system: You are a helpful assistant.
user:
Analyze the provided spectrum to determine if it is a **White Dwarf (WD)**.

A White Dwarf spectrum is defined by its **extreme purity** (due to gravitational settling) and/or **extreme pressure broadening** (due to high surface gravity). You must check for one of the following mutually exclusive signatures:

- **Key Visual Indicators (Check for ONE of these types):**

    - **1. DA-Type Signature (Most Common):**
        - **(Primary Feature):** Extreme pressure broadening (Stark broadening) of the **Hydrogen (H) Balmer lines**.
        - **(Key Lines):** $H\beta$ (approx. $4861$ Å) and $H\gamma$ (approx. $4340$ Å). $H\alpha$ (approx. $6563$ Å) will also be present if the wavelength range covers it.
        - **(Line Profile):** This is the **defining feature**. The lines are **NOT** sharp. They appear as massive, **extremely broad and deep "troughs" or "dips"** in the spectrum, often hundreds of Ångströms wide. The continuum will appear to "scoop" down at these wavelengths.
        - **(Distinction):** Normal A-type or B-type stars have *narrow* and *sharp* Hydrogen lines. A DA White Dwarf's lines are unmistakably "smeared" or "blurry" from pressure.

    - **2. DB-Type Signature:**
        - **(Primary Feature):** Broad absorption lines from **Neutral Helium (He I)**. The spectrum must lack any visible Hydrogen lines.
        - **(Key Lines):** Look for broad absorption near $4471$ Å, $4921$ Å, and $5876$ Å.
        - **(Line Profile):** These lines are also significantly pressure-broadened, appearing much wider than they would in a normal B-type main-sequence star.

    - **3. DC-Type Signature:**
        - **(Primary Feature):** A **featureless continuous spectrum**.
        - **(Line Profile):** The spectrum is a smooth curve with **no significant absorption or emission lines**.
        - **(Key Confirmation):** The continuum is almost always **blue or white**, indicating a hot object. This signature implies the atmosphere is so pure (or so cool) that no spectral lines are visible in the optical range. Its WD identity is confirmed by its extremely low intrinsic brightness (high absolute magnitude).

    - **4. DZ-Type Signature (Metal-Polluted):**
        - **(Primary Feature):** **Isolated, narrow metal absorption lines** on an otherwise featureless (DC-like) continuum.
        - **(Key Lines):** The **Calcium (Ca II) H & K doublet** (approx. **$3934$ Å** and **$3968$ Å**) is the most common and defining feature.
        - **(Line Profile):** These lines are "out of place." They are *not* part of a "forest" of thousands of lines. This signature is evidence of recent *accretion* (pollution) from rocky debris.
        - **(Distinction):** Normal G/K/M stars have a *dense forest* of thousands of metal lines. A DZ has a *clean* continuum with *only a few* strong metal lines.

    - **5. DQ-Type Signature (Carbon-Polluted):**
        - **(Primary Feature):** Absorption bands from **Carbon (C₂ "Swan Bands" or atomic C I)**.
        - **(Key Lines - C₂):** Look for bandheads with a "saw-tooth" shape near $5635$ Å, **$5165$ Å** (strongest), and $4737$ Å.
        - **(Key Confirmation):** The underlying **continuum must be blue or white** (hot).
        - **(Distinction):** This is the critical difference from a **Carbon Star**, which has the *exact same* C₂ bands but on an extremely **red, cool** continuum.

- **(Overall Spectrum):**
    - The continuum (overall shape) is typically **blue-sloping** (brighter in the blue than the red), as most white dwarfs are very hot.
    - The spectrum will look "pure" or "simple," dominated by only *one* of the five signatures listed above.

Think first, call **spectral_visualization_tool** if needed to examine features in detail, then provide your final answer. Your response must adhere to the following strict rules:
1.  **Overall Structure:** Your response must follow the format `<think>...</think> <tool_call>...</tool_call> (if a tool is used) <answer>...</answer>`.
2.  **Tool Usage Constraint:** You may only make **one** tool call per turn.
3.  **Final Answer Format:** In the `<answer>` tag, your conclusion must be inside a `\boxed{}` command (e.g., `\boxed{YES}` or `\boxed{NO}`), followed by your justification.

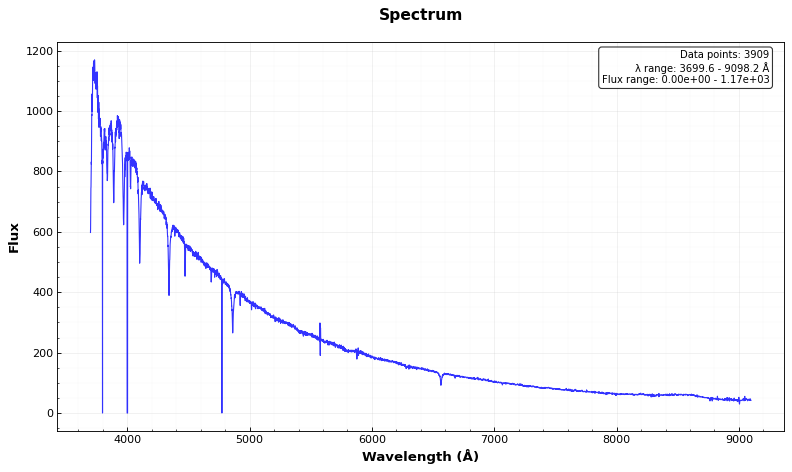
Answer: YES